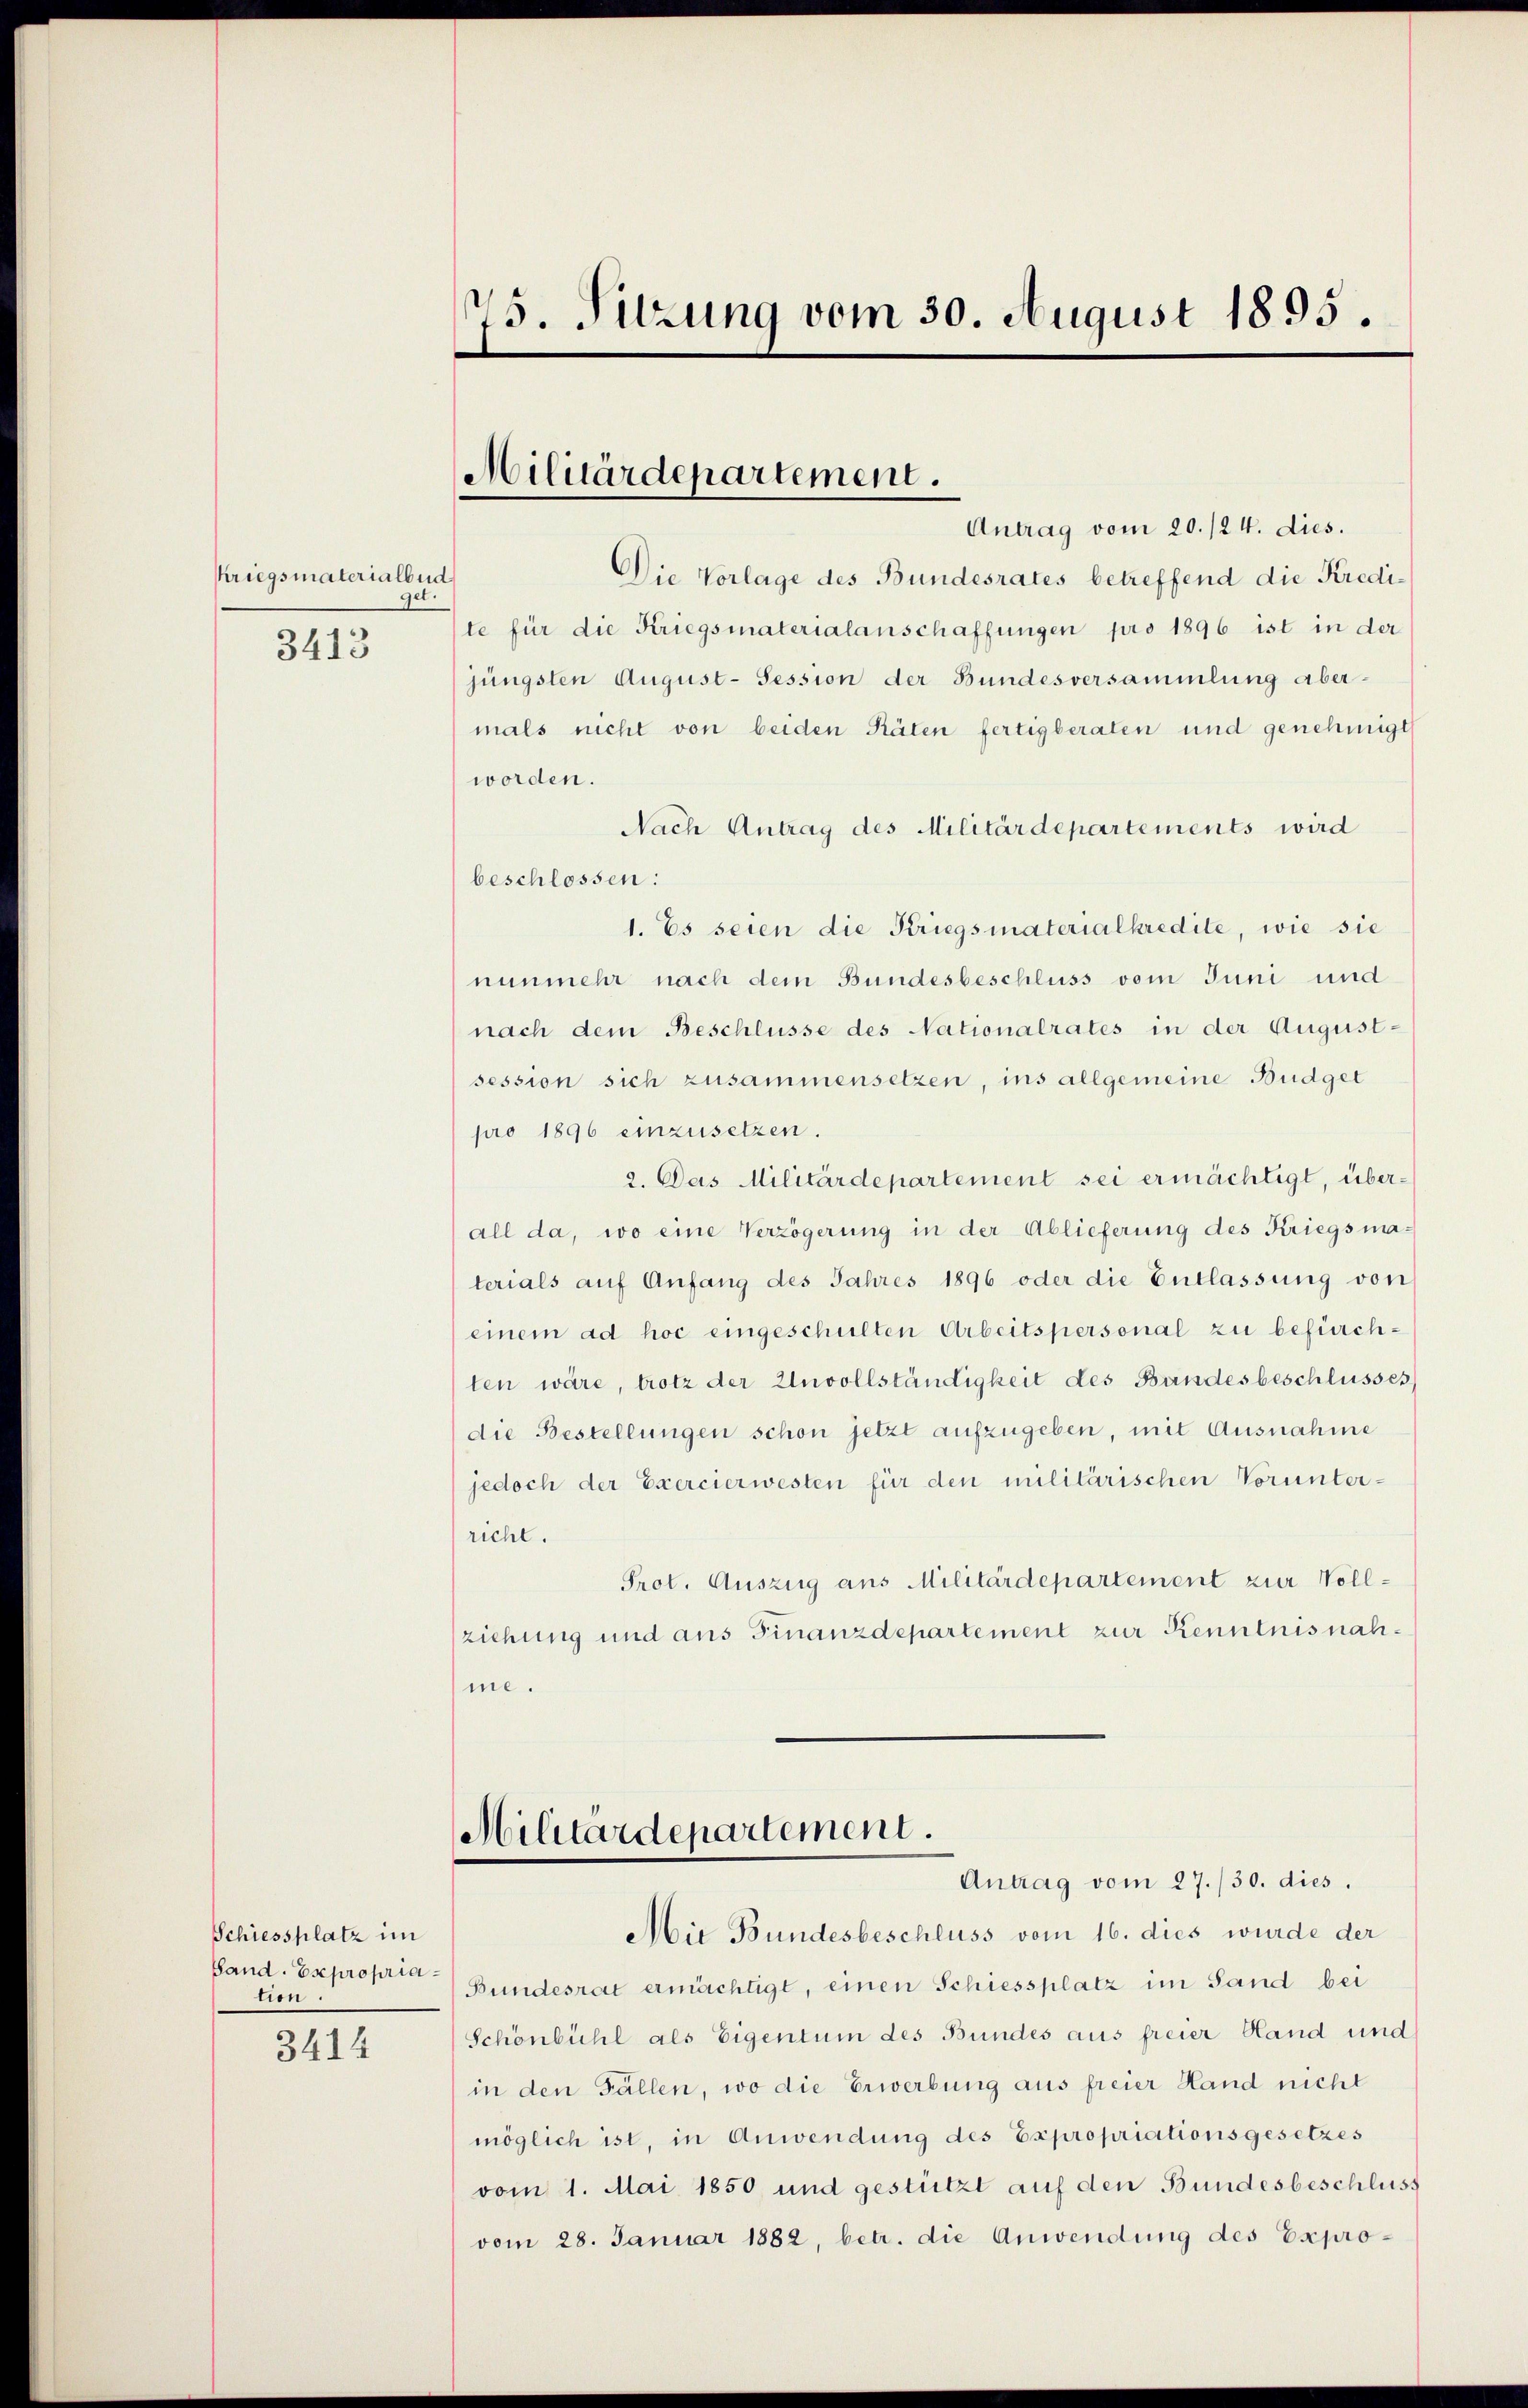
kriegsmaterialbud
ge
3413

Schiessplatz im
Band. Esepropria
tion.

3414

75. Sitzung vom 30. August 1895.

Militärdepartement.

Antrag vom 20./24. dies.
Die Vorlage des Bundesrates betreffend die Kredite für die Kriegsmaterialanschaffungen pro 1896 ist in der
jüngsten August-Session der Bundesversammlung abermals nicht von beiden Räten fertigberaten und genehmigt
worden.
Nach Antrag des Militärdepartements wird
beschlossen:
1. Es seien die Kriegsmaterialkredite, wie sie
nunmehr nach dem Bundesbeschluss vom Juni und
nach dem Beschlüsse des Nationalrates in der August-
session sich zusammensetzen, ins allgemeine Budget
pro 1896 einzusetzen.
2. Das Militärdepartement sei ermächtigt, über-
all da, wo eine Verzögerung in der Ablieferung des Kriegsmaterials auf Anfang des Jahres 1896 oder die Entlassung von
einem ad hoc eingeschulten Arbeitspersonal zu befürchten wäre, trotz der Unvollständigkeit des Bandesbeschlusses
die Bestellungen schon jetzt aufzugeben, mit Ausnahme
jedoch der Exercierwesten für den militärischen Vorunter-
richt.
Prot. Auszug aus Militärdepartement zur Vollziehung und aus Finanzdepartement zur Kenntnisnahme.

Militärdepartement.

Antrag vom 27./30. dies.
Mie Bundesbeschluss vom 16. dies wurde der
Bundesrat ermächtigt, einen Schiessplatz im Sand bei
Schönbühl als Eigentum des Bundes aus freier Hand und
in den Fällen, wo die Erwerbung aus freier Hand nicht
möglich ist, in Anwendung des Expropriationsgesetzes
vom 1. Mai 1850 und gestützt auf den Bundesbeschluss
vom 28. Januar 1882, betr. die Anwendung des Expro¬